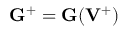
{ \bf G } ^ { + } = { \bf G } ( { { \bf V } } ^ { + } )